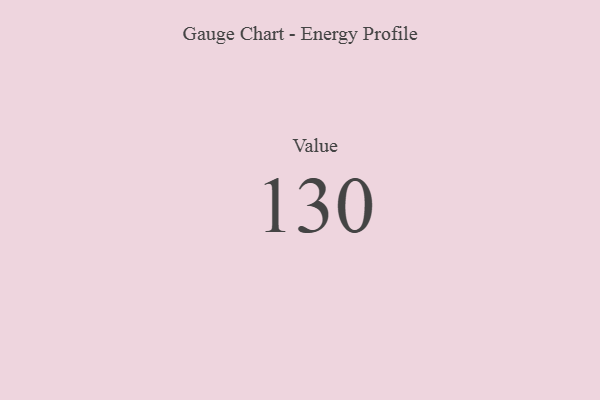
{"axis": {"x": "Metric", "y": "Value"}, "legend": [""], "data": [{"x": "Value", "y": 130, "type": ""}]}